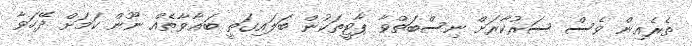
ތެރެއިން ވެސް ސަރުކާރަށް ނިސްބަތްވާ ޕާޓީތަކުން ބަލައިގަތީ ބަޣާވާތެއް ނޫން ކަމަށް ދޭހަވާ